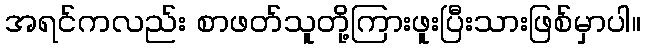
အရင်ကလည်း စာဖတ်သူတို့ကြားဖူးပြီးသားဖြစ်မှာပါ။